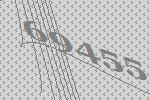
69455